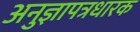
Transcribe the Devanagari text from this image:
अनुज्ञापत्रधारक